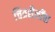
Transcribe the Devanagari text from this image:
चित्रशैलींचा